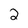
Character: 2